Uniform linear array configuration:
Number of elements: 24
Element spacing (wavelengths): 1
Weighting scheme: binomial
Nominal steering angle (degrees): -30
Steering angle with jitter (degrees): -30.627
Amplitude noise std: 0.05
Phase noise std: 0.05

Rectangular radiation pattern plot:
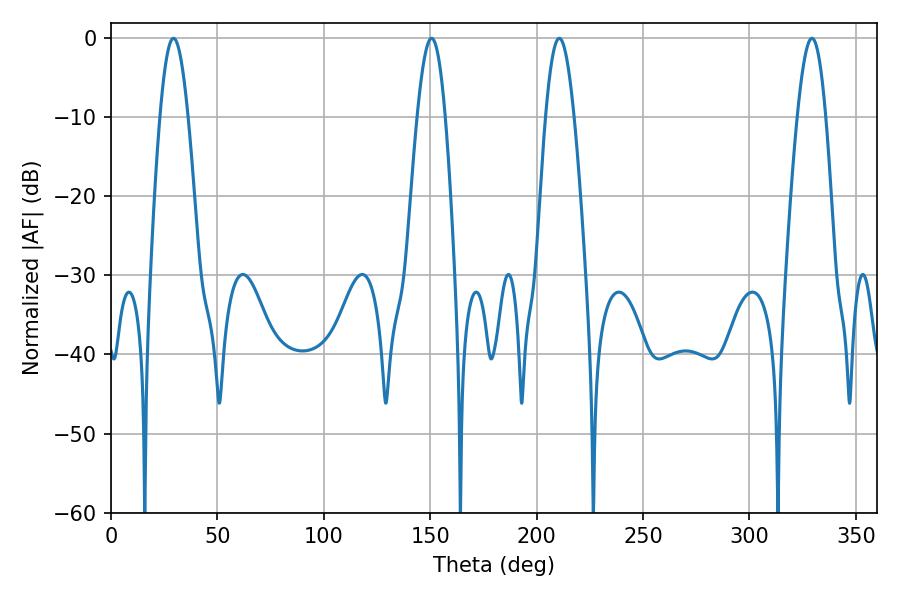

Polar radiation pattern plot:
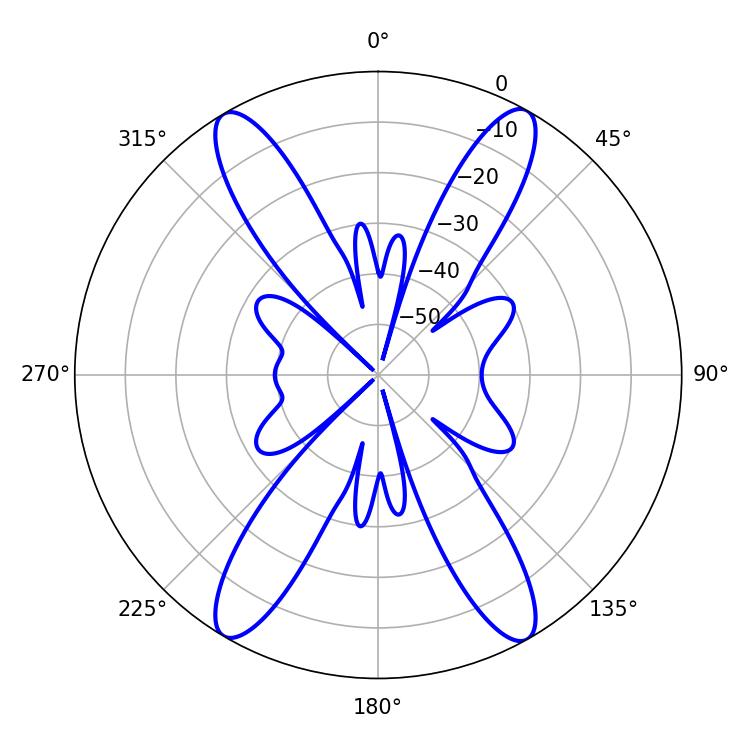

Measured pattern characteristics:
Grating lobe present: TRUE
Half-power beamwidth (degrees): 7.02
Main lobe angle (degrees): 29.34